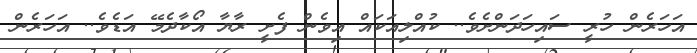
އަހަރެން ހުރީ ސައިހަދަންށެވެ.. ކުއްލިއަކައް އިވެން ފެށީ ރާޔާ އޯކާދެމޭ އަޑެވެ.. އަހަރެން